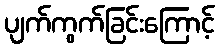
ပျက်ကွက်ခြင်းကြောင့်